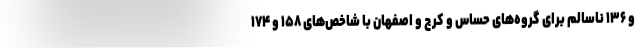
و ۱۳۶ ناسالم برای گروه‌های حساس و کرج و اصفهان با شاخص‌های ۱۵۸ و ۱۷۴